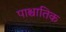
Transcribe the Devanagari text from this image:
पाश्चातिक